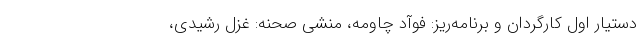
دستیار اول کارگردان و برنامه‌ریز: فوآد چاومه، منشی صحنه: غزل رشیدی،